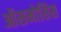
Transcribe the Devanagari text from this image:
ऑसमोसिस